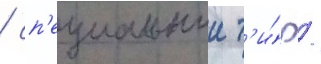
/ сп'ециальныи т'и́р /